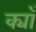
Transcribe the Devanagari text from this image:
क्याँ